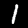
Digit: 1